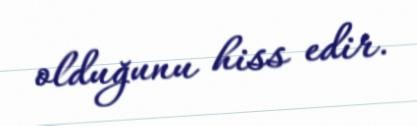
olduğunu hiss edir.